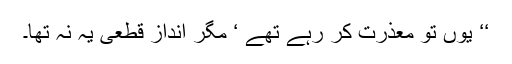
‘‘ یوں تو معذرت کر رہے تھے ‘ مگر انداز قطعی یہ نہ تھا۔